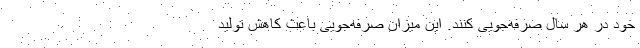
خود در هر سال صرفه‌جویی کنند. این میزان صرفه‌جویی باعث کاهش تولید